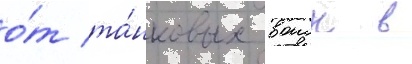
о́т та́нковых воиск в